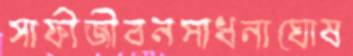
সাফীজীবনসাধনাঘোষ